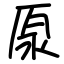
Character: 厡